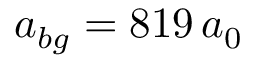
a _ { b g } = 8 1 9 \, a _ { 0 }